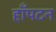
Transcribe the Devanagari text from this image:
हाँपटन